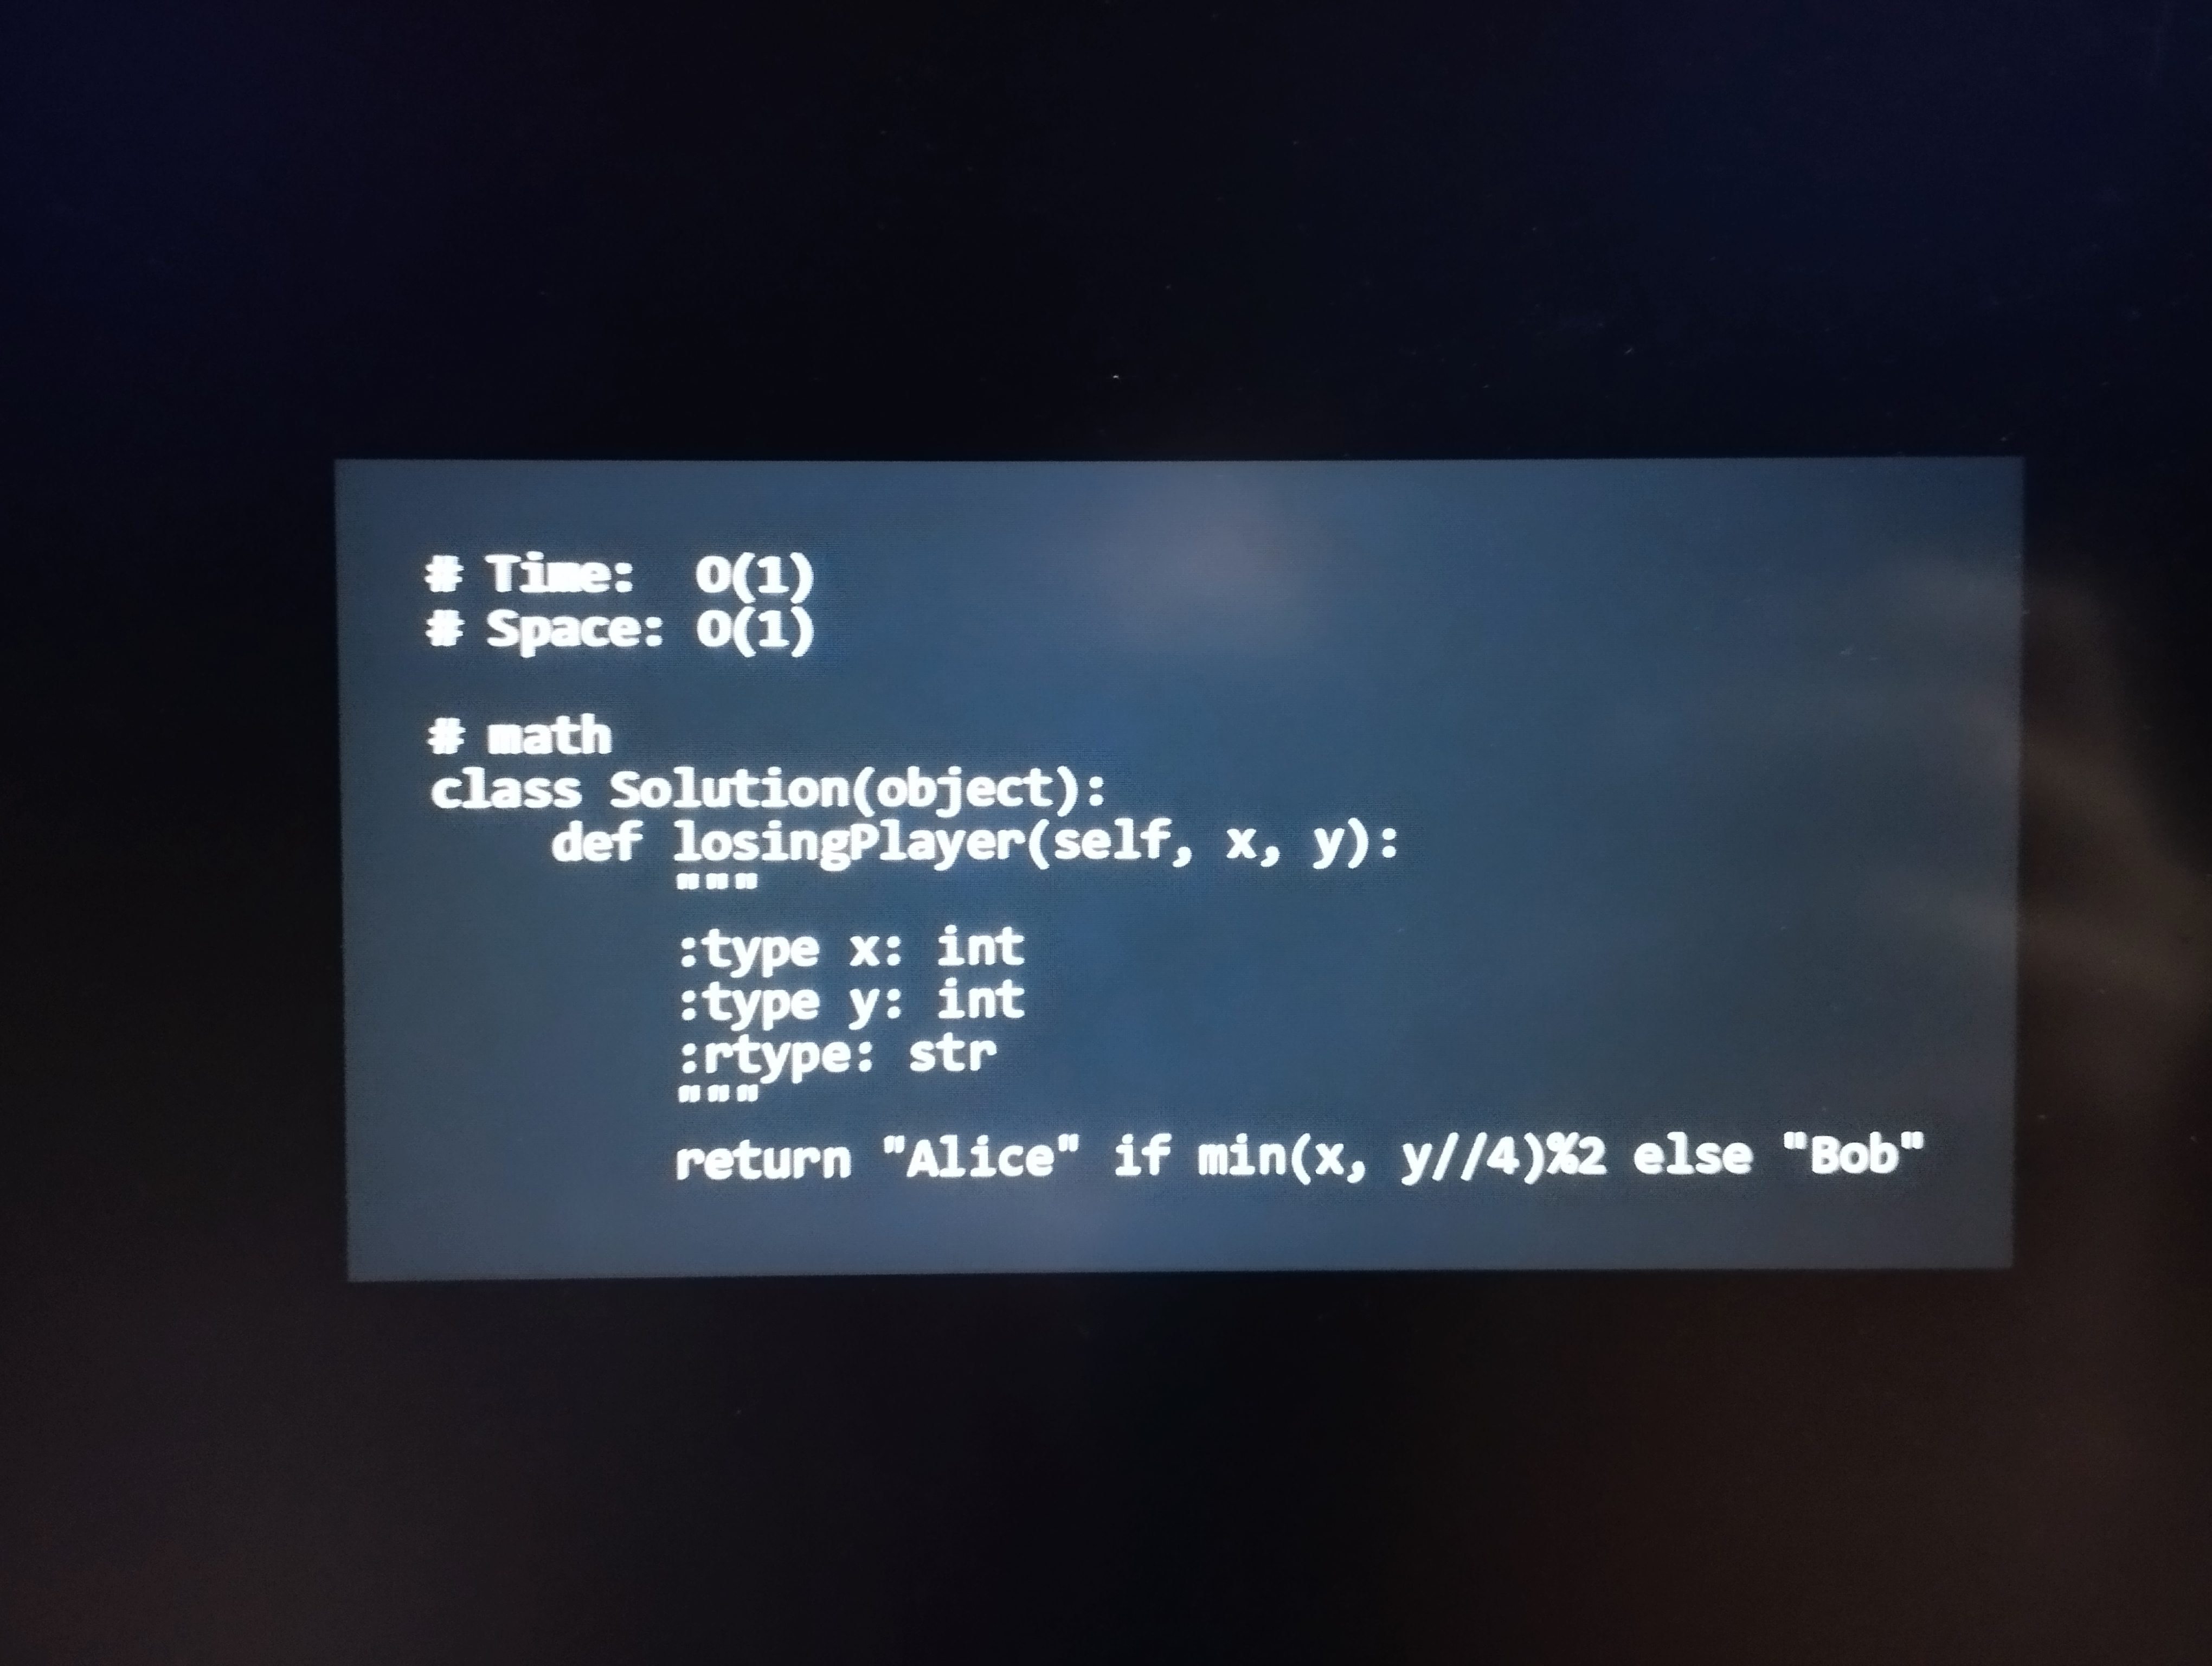
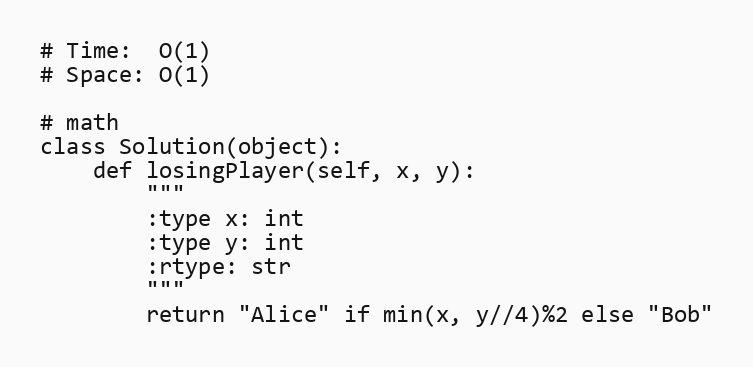
# Time:  O(1)
# Space: O(1)

# math
class Solution(object):
    def losingPlayer(self, x, y):
        """
        :type x: int
        :type y: int
        :rtype: str
        """
        return "Alice" if min(x, y//4)%2 else "Bob"